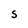
Character: S